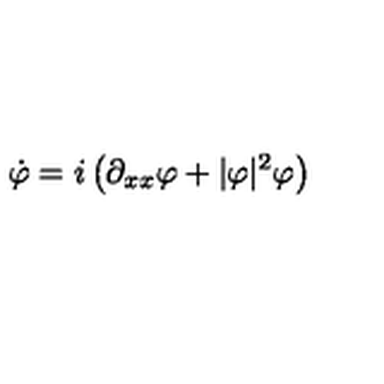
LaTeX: \dot { \varphi } = i \left( \partial _ { x x } \varphi + | \varphi | ^ { 2 } \varphi \right)